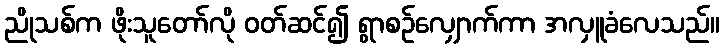
ညိုသစ်က ဖိုးသူတော်လို ဝတ်ဆင်၍ ရွာစဉ်လျှောက်ကာ အလှူခံလေသည်။